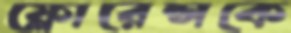
ফ্লোরেন্সকে